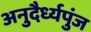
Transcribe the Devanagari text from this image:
अनुदैर्ध्यपुंज